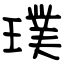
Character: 璞